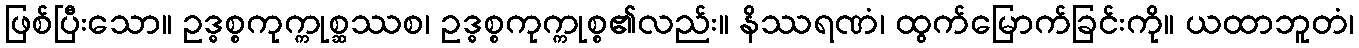
ဖြစ်ပြီးသော။ ဥဒ္ဓစ္စကုက္ကုစ္ဆဿစ၊ ဥဒ္ဓစ္စကုက္ကုစ္စ၏လည်း။ နိဿရဏံ၊ ထွက်မြောက်ခြင်းကို။ ယထာဘူတံ၊